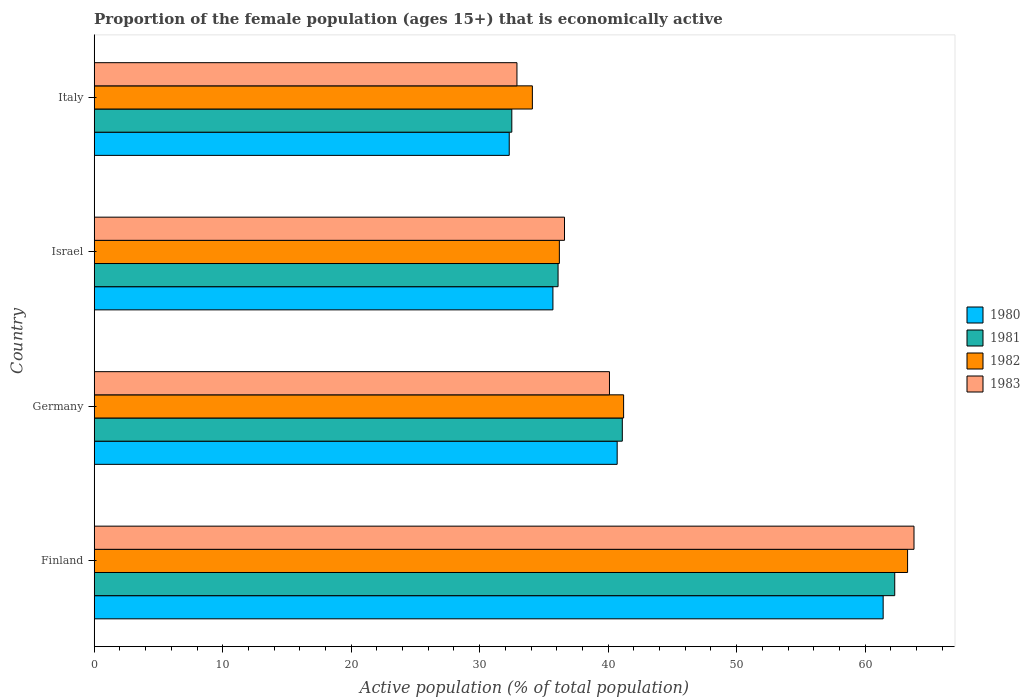
| Country | 1980 | 1981 | 1982 | 1983 |
 | --- | --- | --- | --- | --- |
 | Finland | 61.4 | 62.3 | 63.3 | 63.8 |
 | Germany | 40.7 | 41.1 | 41.2 | 40.1 |
 | Israel | 35.7 | 36.1 | 36.2 | 36.6 |
 | Italy | 32.3 | 32.5 | 34.1 | 32.9 |